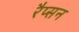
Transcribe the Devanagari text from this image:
रैप्सन